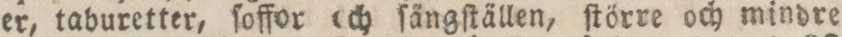
er, taburetter, ſoffor och ſängſtällen, ſtörre och mindre